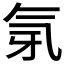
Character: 𭯲